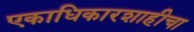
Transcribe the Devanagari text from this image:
एकाधिकारशाहीचा